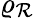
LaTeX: \varrho_{\mathcal{R}}